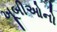
ખૂબીઓનો